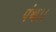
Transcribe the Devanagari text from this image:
पंथ।।